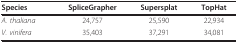
| Species | SpliceGrapher | Supersplat | TopHat |
 | --- | --- | --- | --- |
 | A. thaliana | 24,757 | 25,590 | 22,934 |
 | V. vinifera | 35,403 | 37,291 | 34,081 |